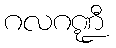
ဂလဂဏ္ဍီ